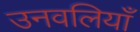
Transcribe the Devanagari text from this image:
उनवलियाँ